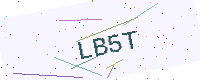
Text: LB5T